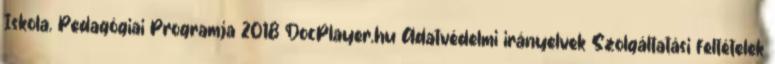
Iskola. Pedagógiai Programja 2018 DocPlayer.hu Adatvédelmi irányelvek Szolgáltatási feltételek